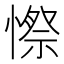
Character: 憏